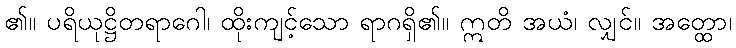
၏။ ပရိယုဋ္ဌိတရာဂေါ၊ ထိုးကျင့်သော ရာဂရှိ၏။ ဣတိ အယံ၊ လျှင်။ အတ္ထော၊